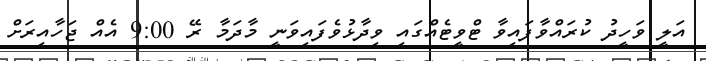
އަލީ ވަހީދު ކުރައްވާފައިވާ ޓްވީޓެއްގައި ވިދާޅުވެފައިވަނީ މާދަމާ ރޭ 9:00 އެއް ޖަހާއިރަށް